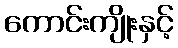
ကောင်းကျိုးနှင့်